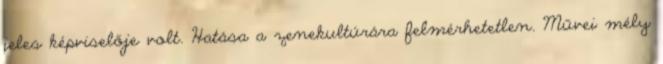
jeles képviselője volt. Hatása a zenekultúrára felmérhetetlen. Művei mély